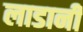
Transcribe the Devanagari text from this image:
लाडानी